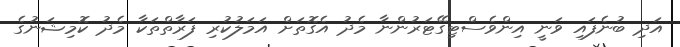
އަދި ބުނެފައި ވަނީ އިންވެސްޓިގޭޓަރުންނާ މެދު އެގޮތަށް އަމަލުކުރި ފަރާތްތަކާ މެދު ކޮމިޝަނުގެ